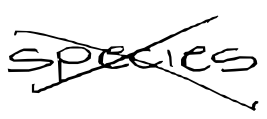
Text: species
Cross-out: cross
Writing tool: digital_black